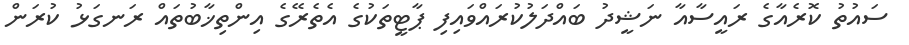
ސައުތު ކޮރެއާގެ ރައީސާއާ ނަޝީދު ބައްދަލުކުރައްވައިފި ޕާޓީތަކުގެ އެތެރޭގެ އިންތިޚާބުތައް ރަނގަޅު ކުރަން